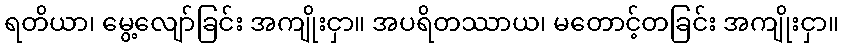
ရတိယာ၊ မွေ့လျော်ခြင်း အကျိုးငှာ။ အပရိတဿာယ၊ မတောင့်တခြင်း အကျိုးငှာ။